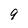
Character: 9